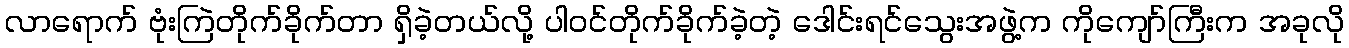
လာရောက် ဗုံးကြဲတိုက်ခိုက်တာ ရှိခဲ့တယ်လို့ ပါဝင်တိုက်ခိုက်ခဲ့တဲ့ ဒေါင်းရင်သွေးအဖွဲ့က ကိုကျော်ကြီးက အခုလို